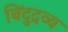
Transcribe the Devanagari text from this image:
बिंदुद्रव्य